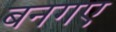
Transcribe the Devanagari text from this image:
बनगए